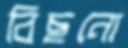
বিছনো